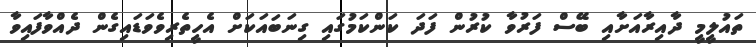
ތައުލީމީ ދާއިރާއަށާއި ބޭސް ފަރުވާ ކުރުން ފަދަ ކަންކަމުގައި ގިނަބައަކަށް އެހީތެރިވެވަޑައިގެން ދެއްވާފައިވާ